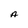
Character: A